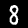
Digit: 8